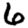
Digit: 6